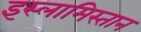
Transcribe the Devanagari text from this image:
इस्लामिस्तान